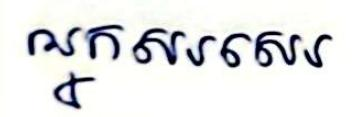
អ្នកសរសេរ